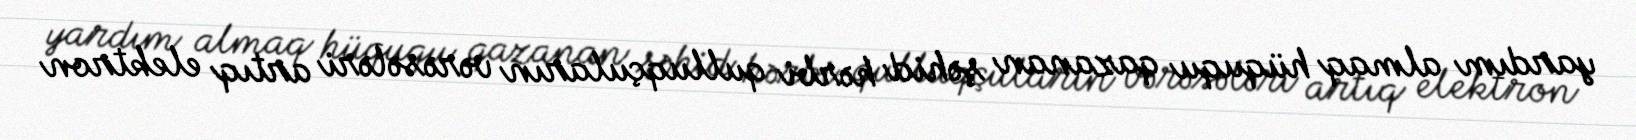
yardım almaq hüququ qazanan şəhid hərbi qulluqçuların vərəsələri artıq elektron